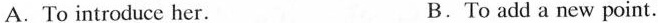
A. To introduce her. B.To add a new point.